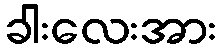
ခါးလေးအား